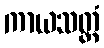
ကာယသတ္ထံ